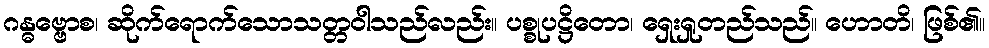
ဂန္ဓဗ္ဗောစ၊ ဆိုက်ရောက်သောသတ္တဝါသည်လည်း။ ပစ္စုပဋ္ဌိတော၊ ရှေးရှုတည်သည်။ ဟောတိ၊ ဖြစ်၏။